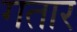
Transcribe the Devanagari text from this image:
गतार